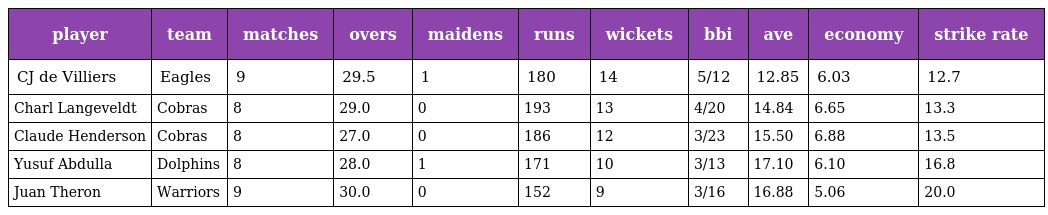
| player | team | matches | overs | maidens | runs | wickets | bbi | ave | economy | strike rate |
 | --- | --- | --- | --- | --- | --- | --- | --- | --- | --- | --- |
 | CJ de Villiers | Eagles | 9 | 29.5 | 1 | 180 | 14 | 5/12 | 12.85 | 6.03 | 12.7 |
 | Charl Langeveldt | Cobras | 8 | 29.0 | 0 | 193 | 13 | 4/20 | 14.84 | 6.65 | 13.3 |
 | Claude Henderson | Cobras | 8 | 27.0 | 0 | 186 | 12 | 3/23 | 15.50 | 6.88 | 13.5 |
 | Yusuf Abdulla | Dolphins | 8 | 28.0 | 1 | 171 | 10 | 3/13 | 17.10 | 6.10 | 16.8 |
 | Juan Theron | Warriors | 9 | 30.0 | 0 | 152 | 9 | 3/16 | 16.88 | 5.06 | 20.0 |